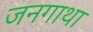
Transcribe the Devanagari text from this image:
जनगाथा